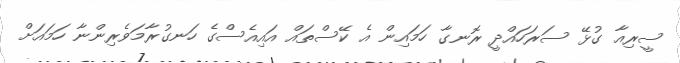
ސީރިއާ ގުޅޭ ސަރަހައްދީ ރޮނގާ ހަމައިން އެ ކޭސްތަައް އައިއެސްގެ ހަނގުރާމަވެރިންނާ ހަމައަށް